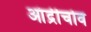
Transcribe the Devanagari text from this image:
आंद्रीचोव